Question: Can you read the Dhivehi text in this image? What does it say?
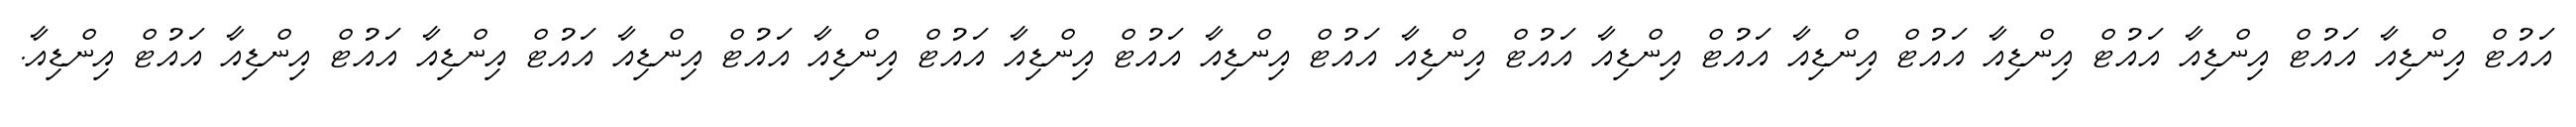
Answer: އައުޓް އިންޑިއާ އައުޓް އިންޑިއާ އައުޓް އިންޑިއާ އައުޓް އިންޑިއާ އައުޓް އިންޑިއާ އައުޓް އިންޑިއާ އައުޓް އިންޑިއާ އައުޓް އިންޑިއާ އައުޓް އިންޑިއާ އައުޓް އިންޑިއާ އައުޓް އިންޑިއާ އައުޓް އިންޑިއާ އައުޓް އިންޑިއާ.